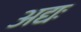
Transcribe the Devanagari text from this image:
अद्यः